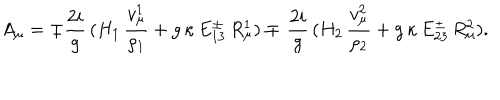
A _ { \mu } = \mp { \frac { 2 i } { g } } \, ( H _ { 1 } \, { \frac { v _ { \mu } ^ { 1 } } { \rho _ { 1 } } } + g \, \kappa \, E _ { 1 3 } ^ { \pm } \, R _ { \mu } ^ { 1 } ) \mp \, { \frac { 2 i } { g } } \, ( H _ { 2 } \, { \frac { v _ { \mu } ^ { 2 } } { \rho _ { 2 } } } + g \, \kappa \, E _ { 2 3 } ^ { \pm } \, R _ { \mu } ^ { 2 } ) .